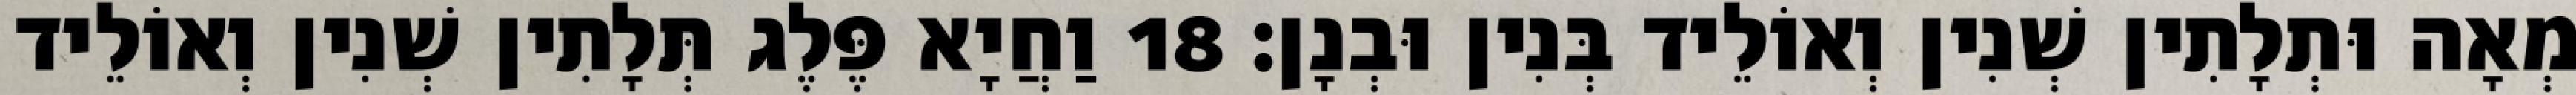
מְאָה וּתְלָתִין שְׁנִין וְאוֹלֵיד בְּנִין וּבְנָן׃ 18 וַחֲיָא פֶּלֶג תְּלָתִין שְׁנִין וְאוֹלֵיד